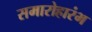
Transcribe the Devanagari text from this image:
समारोहारंभ